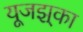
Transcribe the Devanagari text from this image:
यूजझ्‌का